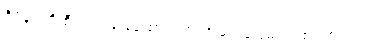
ဒီဖိနပ်ကို စီးရင်း ခြေထောက်က အဆင်ပြေမယ် ထင်တယ်။